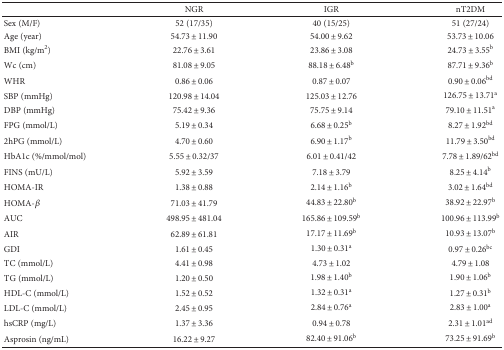
<table><thead><tr><td></td><td><b>NGR</b></td><td><b>IGR</b></td><td><b>nT2DM</b></td></tr></thead><tbody><tr><td>Sex (M/F)</td><td>52 (17/35)</td><td>40 (15/25)</td><td>51 (27/24)</td></tr><tr><td>Age (year)</td><td>54.73 ± 11.90</td><td>54.00 ± 9.62</td><td>53.73 ± 10.06</td></tr><tr><td>BMI (kg/m<sup>2</sup>)</td><td>22.76 ± 3.61</td><td>23.86 ± 3.08</td><td>24.73 ± 3.55<sup>b</sup></td></tr><tr><td>Wc (cm)</td><td>81.08 ± 9.05</td><td>88.18 ± 6.48<sup>b</sup></td><td>87.71 ± 9.36<sup>b</sup></td></tr><tr><td>WHR</td><td>0.86 ± 0.06</td><td>0.87 ± 0.07</td><td>0.90 ± 0.06<sup>bd</sup></td></tr><tr><td>SBP (mmHg)</td><td>120.98 ± 14.04</td><td>125.03 ± 12.76</td><td>126.75 ± 13.71<sup>a</sup></td></tr><tr><td>DBP (mmHg)</td><td>75.42 ± 9.36</td><td>75.75 ± 9.14</td><td>79.10 ± 11.51<sup>a</sup></td></tr><tr><td>FPG (mmol/L)</td><td>5.19 ± 0.34</td><td>6.68 ± 0.25<sup>b</sup></td><td>8.27 ± 1.92<sup>bd</sup></td></tr><tr><td>2hPG (mmol/L)</td><td>4.70 ± 0.60</td><td>6.90 ± 1.17<sup>b</sup></td><td>11.79 ± 3.50<sup>bd</sup></td></tr><tr><td>HbA1c (%/mmol/mol)</td><td>5.55 ± 0.32/37</td><td>6.01 ± 0.41/42</td><td>7.78 ± 1.89/62<sup>bd</sup></td></tr><tr><td>FINS (mU/L)</td><td>5.92 ± 3.59</td><td>7.18 ± 3.79</td><td>8.25 ± 4.14<sup>b</sup></td></tr><tr><td>HOMA-IR</td><td>1.38 ± 0.88</td><td>2.14 ± 1.16<sup>b</sup></td><td>3.02 ± 1.64<sup>bd</sup></td></tr><tr><td>HOMA-<i>β</i></td><td>71.03 ± 41.79</td><td>44.83 ± 22.80<sup>b</sup></td><td>38.92 ± 22.97<sup>b</sup></td></tr><tr><td>AUC</td><td>498.95 ± 481.04</td><td>165.86 ± 109.59<sup>b</sup></td><td>100.96 ± 113.99<sup>b</sup></td></tr><tr><td>AIR</td><td>62.89 ± 61.81</td><td>17.17 ± 11.69<sup>b</sup></td><td>10.93 ± 13.07<sup>b</sup></td></tr><tr><td>GDI</td><td>1.61 ± 0.45</td><td>1.30 ± 0.31<sup>a</sup></td><td>0.97 ± 0.26<sup>bc</sup></td></tr><tr><td>TC (mmol/L)</td><td>4.41 ± 0.98</td><td>4.73 ± 1.02</td><td>4.79 ± 1.08</td></tr><tr><td>TG (mmol/L)</td><td>1.20 ± 0.50</td><td>1.98 ± 1.40<sup>b</sup></td><td>1.90 ± 1.06<sup>b</sup></td></tr><tr><td>HDL-C (mmol/L)</td><td>1.52 ± 0.52</td><td>1.32 ± 0.31<sup>a</sup></td><td>1.27 ± 0.31<sup>b</sup></td></tr><tr><td>LDL-C (mmol/L)</td><td>2.45 ± 0.95</td><td>2.84 ± 0.76<sup>a</sup></td><td>2.83 ± 1.00<sup>a</sup></td></tr><tr><td>hsCRP (mg/L)</td><td>1.37 ± 3.36</td><td>0.94 ± 0.78</td><td>2.31 ± 1.01<sup>ad</sup></td></tr><tr><td>Asprosin (ng/mL)</td><td>16.22 ± 9.27</td><td>82.40 ± 91.06<sup>b</sup></td><td>73.25 ± 91.69<sup>b</sup></td></tr></tbody></table>